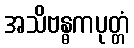
အသိဗန္ဓကပုတ္တံ